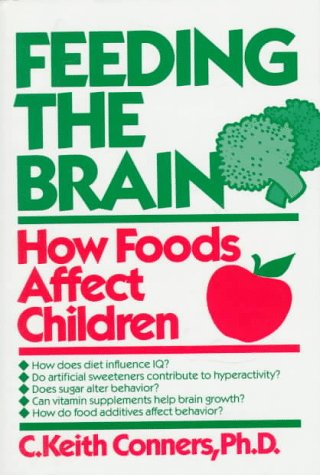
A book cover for Feeding The Brain; C. Keith Conners; Health, Fitness & Dieting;